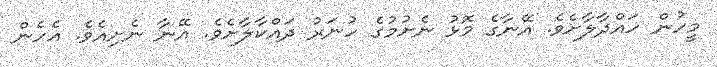
މީހުން ހައްދާލާށެވެ. އޭނާގެ މޮޅު ނެށުމުގެ ހުނަރު ދައްކާލާށެވެ. އޭނާ ނެށިއެވެ. އެހެން